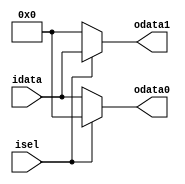
module iig_demux_1to2 (
					input			[20:0]	idata,
					input					isel,
					output			[20:0]	odata0,
					output			[20:0]	odata1
				);

assign		odata0 = (~isel) ? idata : 21'h0;
assign		odata1 = (isel) ? idata : 21'h0;

endmodule